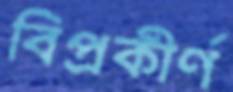
বিপ্রকীর্ণ